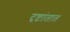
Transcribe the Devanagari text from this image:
दृष्टांतात